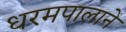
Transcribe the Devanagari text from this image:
धरमपालाने